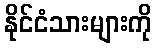
နိုင်ငံသားများကို